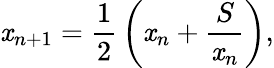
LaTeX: \mathit{x}_{n+1}={\frac{{1}}{{2}}}\left(\mathit{x}_{n}+{\frac{{S}}{{\mathit{x}_{n}}}}\right),